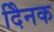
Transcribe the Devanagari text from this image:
दैिनक